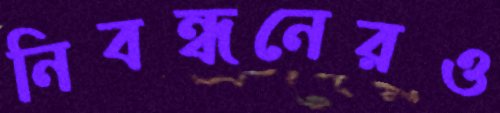
নিবন্ধনেরও